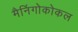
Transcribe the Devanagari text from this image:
मैनिंगोकोकल